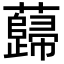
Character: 蘬